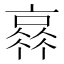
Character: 𠆂